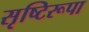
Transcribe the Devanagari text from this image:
सृष्टिरूपा